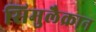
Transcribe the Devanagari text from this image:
सिमुलैक्रान